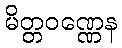
မိတ္တဝဏ္ဏေန